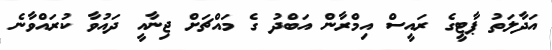
އަދާލަތު ޕާޓީގެ ރައީސް އިމްރާން އަބްދު ގެ މައްޗަށް ޖިނާއީ ދައުވާ ކުރައްވާނެ